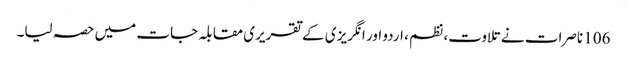
106 ناصرات نے تلاوت، نظم ، اردو اور انگریزی کے تقریری مقابلہ جات میں حصہ لیا۔